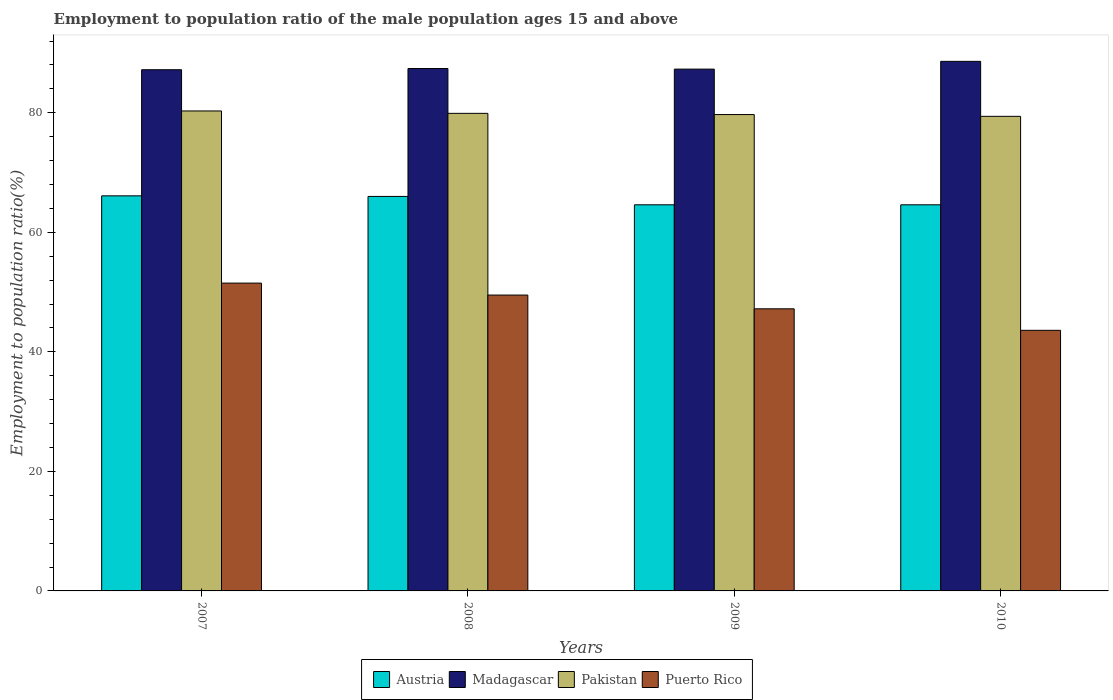
| Years | Austria | Madagascar | Pakistan | Puerto Rico |
 | --- | --- | --- | --- | --- |
 | 2007 | 66.1 | 87.2 | 80.3 | 51.5 |
 | 2008 | 66 | 87.4 | 79.9 | 49.5 |
 | 2009 | 64.6 | 87.3 | 79.7 | 47.2 |
 | 2010 | 64.6 | 88.6 | 79.4 | 43.6 |